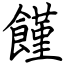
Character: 饉